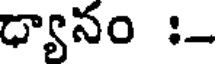
ధ్యానం :-